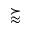
\succapprox